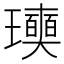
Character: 𤫓